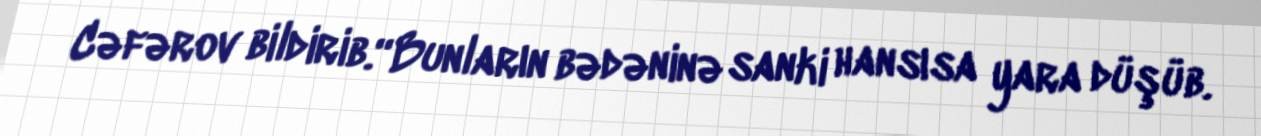
Cəfərov bildirib.“Bunların bədəninə sanki hansısa yara düşüb.